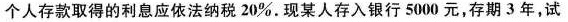
个人存款取得的利息应依法纳税20%。现某人存入银行5000元，存期3年，试